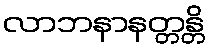
လာဘနာနတ္တန္တိ